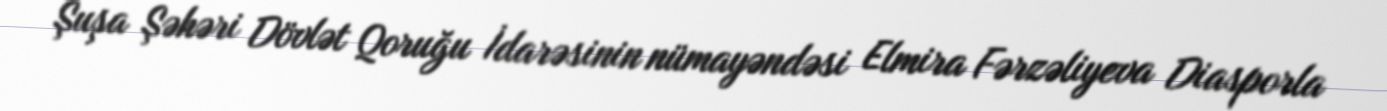
Şuşa Şəhəri Dövlət Qoruğu İdarəsinin nümayəndəsi Elmira Fərzəliyeva Diasporla